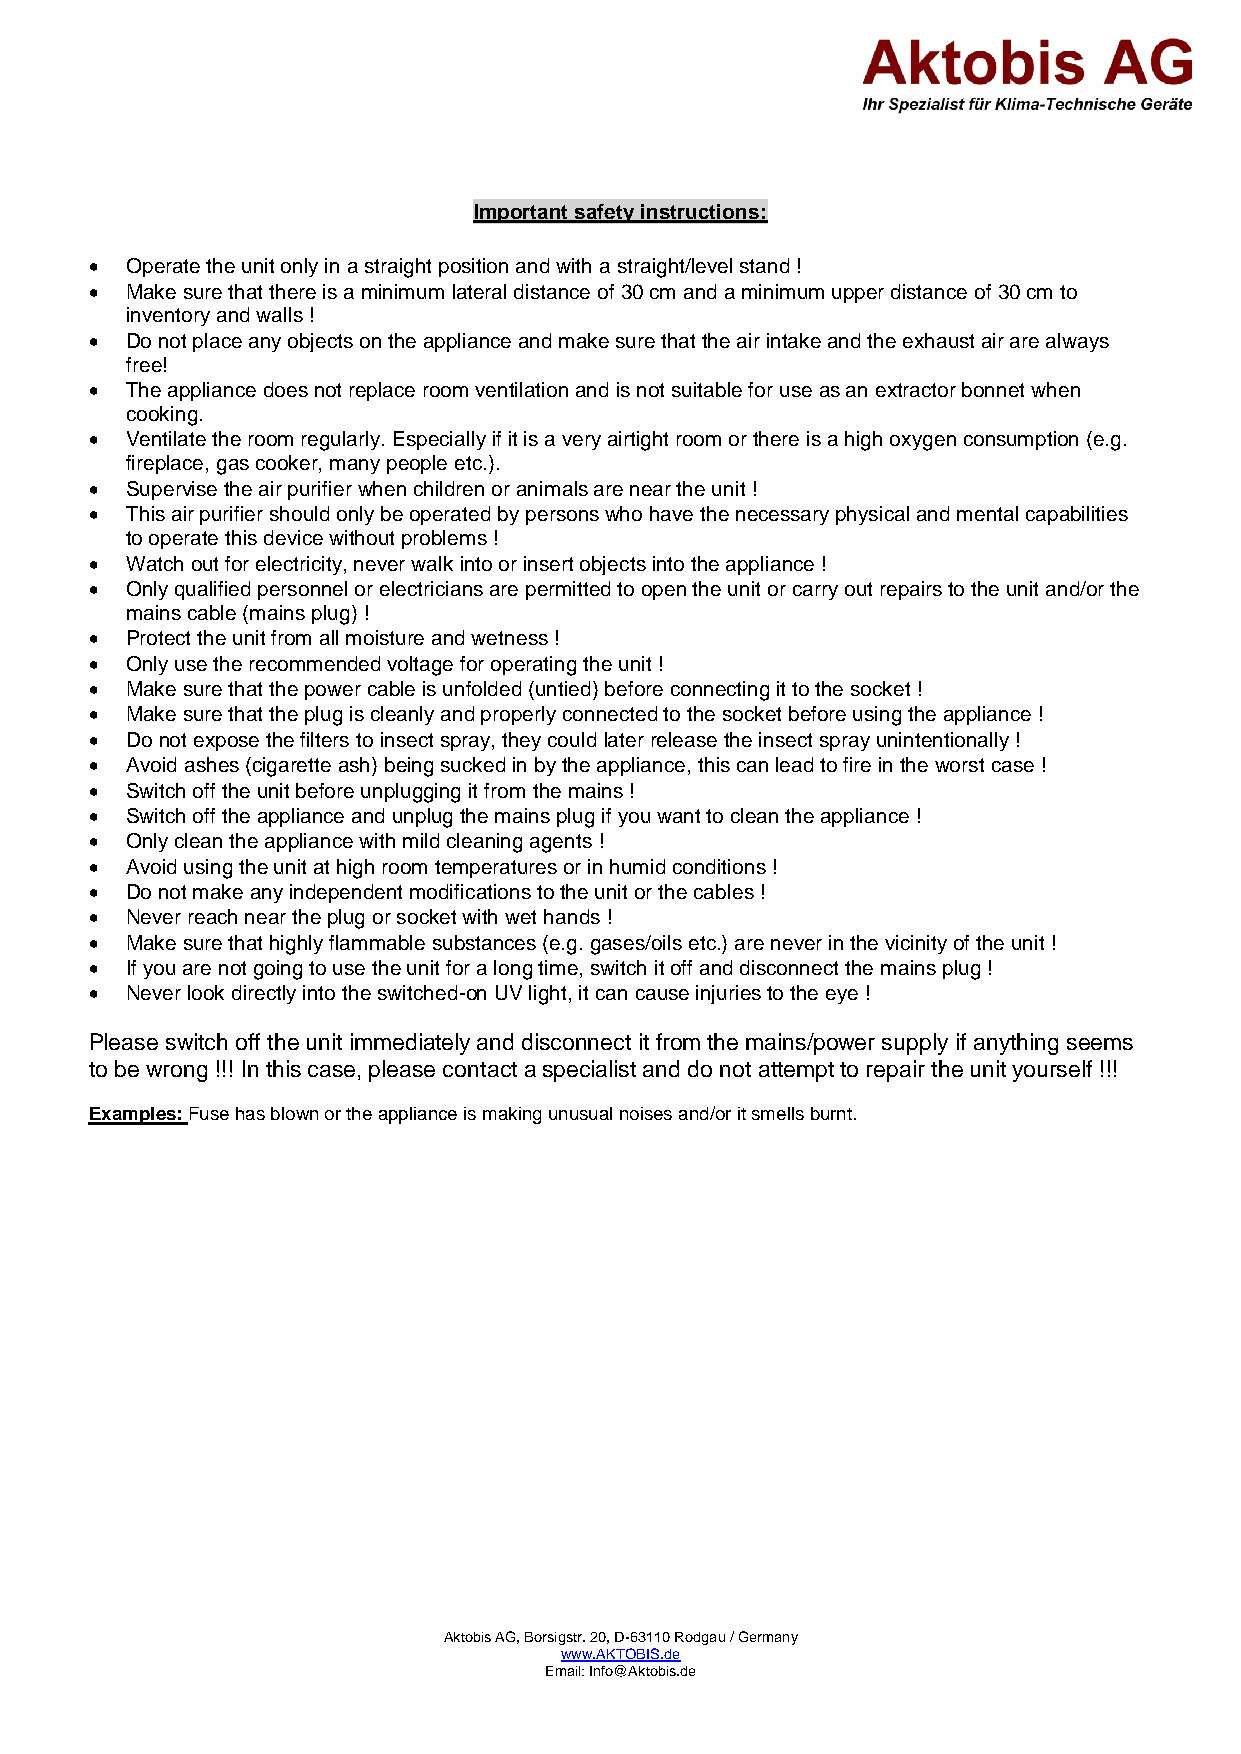
Important safety instructions:
  Operate the unit only in a straight position and with a straight/level stand !
  Make sure that there is a minimum lateral distance of 30 cm and a minimum upper distance of 30 cm to
 inventory and walls !
  Do not place any objects on the appliance and make sure that the air intake and the exhaust air are always
 free!
  The appliance does not replace room ventilation and is not suitable for use as an extractor bonnet when
 cooking.
  Ventilate the room regularly. Especially if it is a very airtight room or there is a high oxygen consumption (e.g.
 fireplace, gas cooker, many people etc.).
  Supervise the air purifier when children or animals are near the unit !
  This air purifier should only be operated by persons who have the necessary physical and mental capabilities
 to operate this device without problems !
  Watch out for electricity, never walk into or insert objects into the appliance !
  Only qualified personnel or electricians are permitted to open the unit or carry out repairs to the unit and/or the
 mains cable (mains plug) !
  Protect the unit from all moisture and wetness !
  Only use the recommended voltage for operating the unit !
  Make sure that the power cable is unfolded (untied) before connecting it to the socket !
  Make sure that the plug is cleanly and properly connected to the socket before using the appliance !
  Do not expose the filters to insect spray, they could later release the insect spray unintentionally !
  Avoid ashes (cigarette ash) being sucked in by the appliance, this can lead to fire in the worst case !
  Switch off the unit before unplugging it from the mains !
  Switch off the appliance and unplug the mains plug if you want to clean the appliance !
  Only clean the appliance with mild cleaning agents !
  Avoid using the unit at high room temperatures or in humid conditions !
  Do not make any independent modifications to the unit or the cables !
  Never reach near the plug or socket with wet hands !
  Make sure that highly flammable substances (e.g. gases/oils etc.) are never in the vicinity of the unit !
  If you are not going to use the unit for a long time, switch it off and disconnect the mains plug !
  Never look directly into the switched-on UV light, it can cause injuries to the eye !
 Please switch off the unit immediately and disconnect it from the mains/power supply if anything seems
 to be wrong !!! In this case, please contact a specialist and do not attempt to repair the unit yourself !!!
 Examples: Fuse has blown or the appliance is making unusual noises and/or it smells burnt.
 Aktobis AG, Borsigstr. 20, D-63110 Rodgau / Germany
 www.AKTOBIS.de
 Email: Info@Aktobis.de